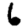
Digit: 6